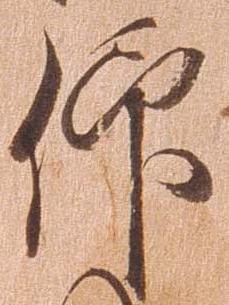
仰